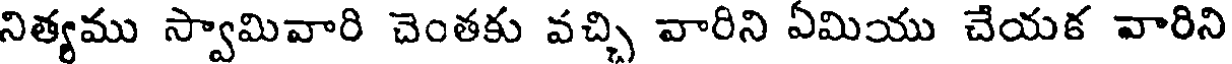
నిత్యము స్వామివారి చెంతకు వచ్చి వారిని ఏమియు చేయక వారిని